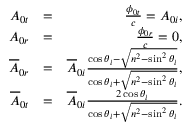
\begin{array} { r l r } { A _ { 0 t } } & { = } & { \frac { \phi _ { 0 t } } { c } = A _ { 0 i } , } \\ { A _ { 0 r } } & { = } & { \frac { \phi _ { 0 r } } { c } = 0 , } \\ { \overline { { A } } _ { 0 r } } & { = } & { \overline { { A } } _ { 0 i } \frac { \cos \theta _ { i } - \sqrt { n ^ { 2 } - \sin ^ { 2 } \theta _ { i } } } { \cos \theta _ { i } + \sqrt { n ^ { 2 } - \sin ^ { 2 } \theta _ { i } } } , } \\ { \overline { { A } } _ { 0 t } } & { = } & { \overline { { A } } _ { 0 i } \frac { 2 \cos \theta _ { i } } { \cos \theta _ { i } + \sqrt { n ^ { 2 } - \sin ^ { 2 } \theta _ { i } } } . } \end{array}